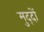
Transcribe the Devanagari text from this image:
मुद्‍दों